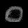
Digit: ၀